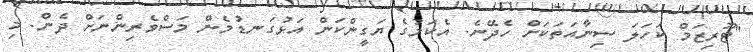
"ޓޫރިޒަމް ކަހަލަ ސިނާއަތަކަށް ހެދޭނެ. އެކަމުގެ ޔަގީންކަން އަޅުގަނޑުމެން މަސްވެރިންނަށް ދެން. މި